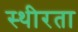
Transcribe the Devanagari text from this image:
स्थीरता